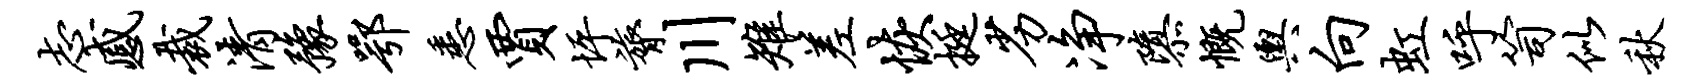
志感裁清豫鄂悉贾坪膂川雉差恢挺劣净隳慨舆向虹呼笥似秋